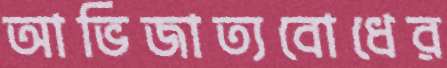
আভিজাত্যবোধের